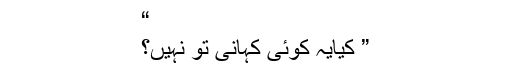
“
” کیایہ کوئی کہانی تو نہیں؟